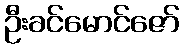
ဦးခင်မောင်ဇော်